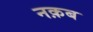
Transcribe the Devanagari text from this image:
नक़ब